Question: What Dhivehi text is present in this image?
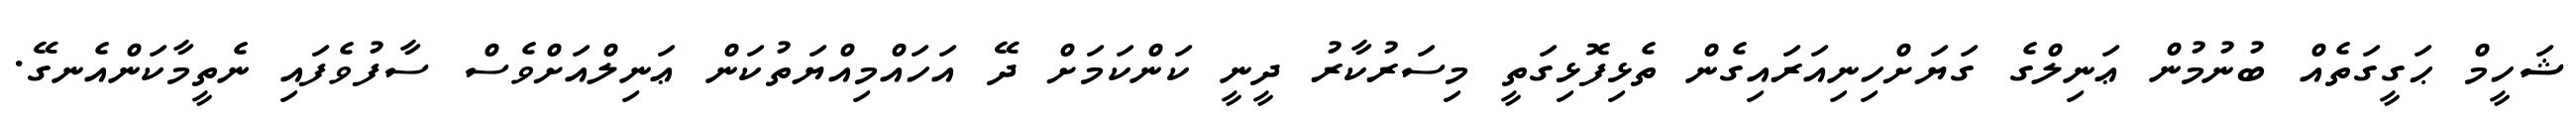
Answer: ޝަހީމް ޙަގީގަތެއް ބުނުމުން ޢަނިލްގެ ގަޔަށްހިނިއަރައިގެން ތެޅިފޮޅިގަތީ މިސަރުކާރު ދީނީ ކަންކަމަށް ދޭ އަހައްމިއްޔަތުކަން ޢަނިލްއަށްވެސް ސާފުވެފައި ނެތީމާކަންއެނގޭ.